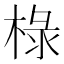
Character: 椂